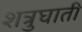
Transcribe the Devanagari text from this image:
शत्रुघाती